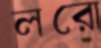
লরো